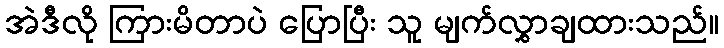
အဲဒီလို ကြားမိတာပဲ ပြောပြီး သူ မျက်လွှာချထားသည်။